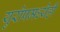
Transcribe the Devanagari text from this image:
युरोपमध्येही